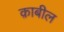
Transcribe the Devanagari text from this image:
क़ाबील